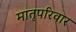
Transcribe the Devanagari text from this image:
मातृपरिवार